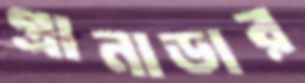
গ্রানাডার